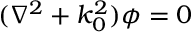
( \nabla ^ { 2 } + k _ { 0 } ^ { 2 } ) \phi = 0